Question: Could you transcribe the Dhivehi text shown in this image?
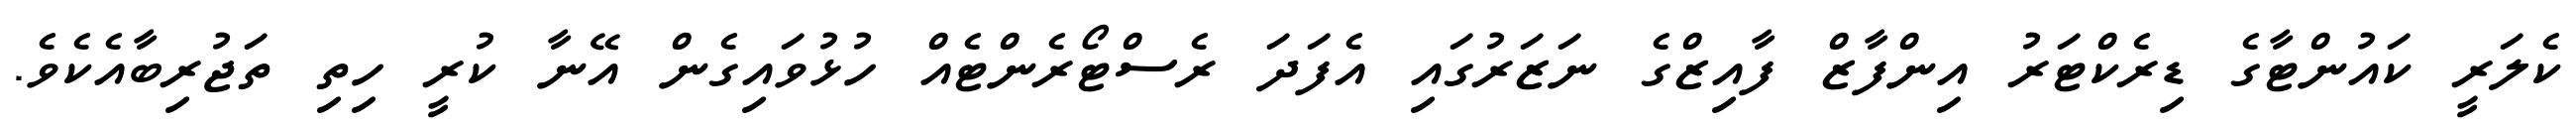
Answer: ކެލަރީ ކައުންޓާގެ ޑިރެކްޓަރު އިންފާޒް ފާއިޒްގެ ނަޒަރުގައި އެފަދަ ރެސްޓޯރެންޓެއް ހުޅުވައިގެން އޭނާ ކުރީ ހިތި ތަޖުރިބާއެކެވެ.